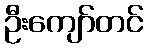
ဦးကျော်တင်